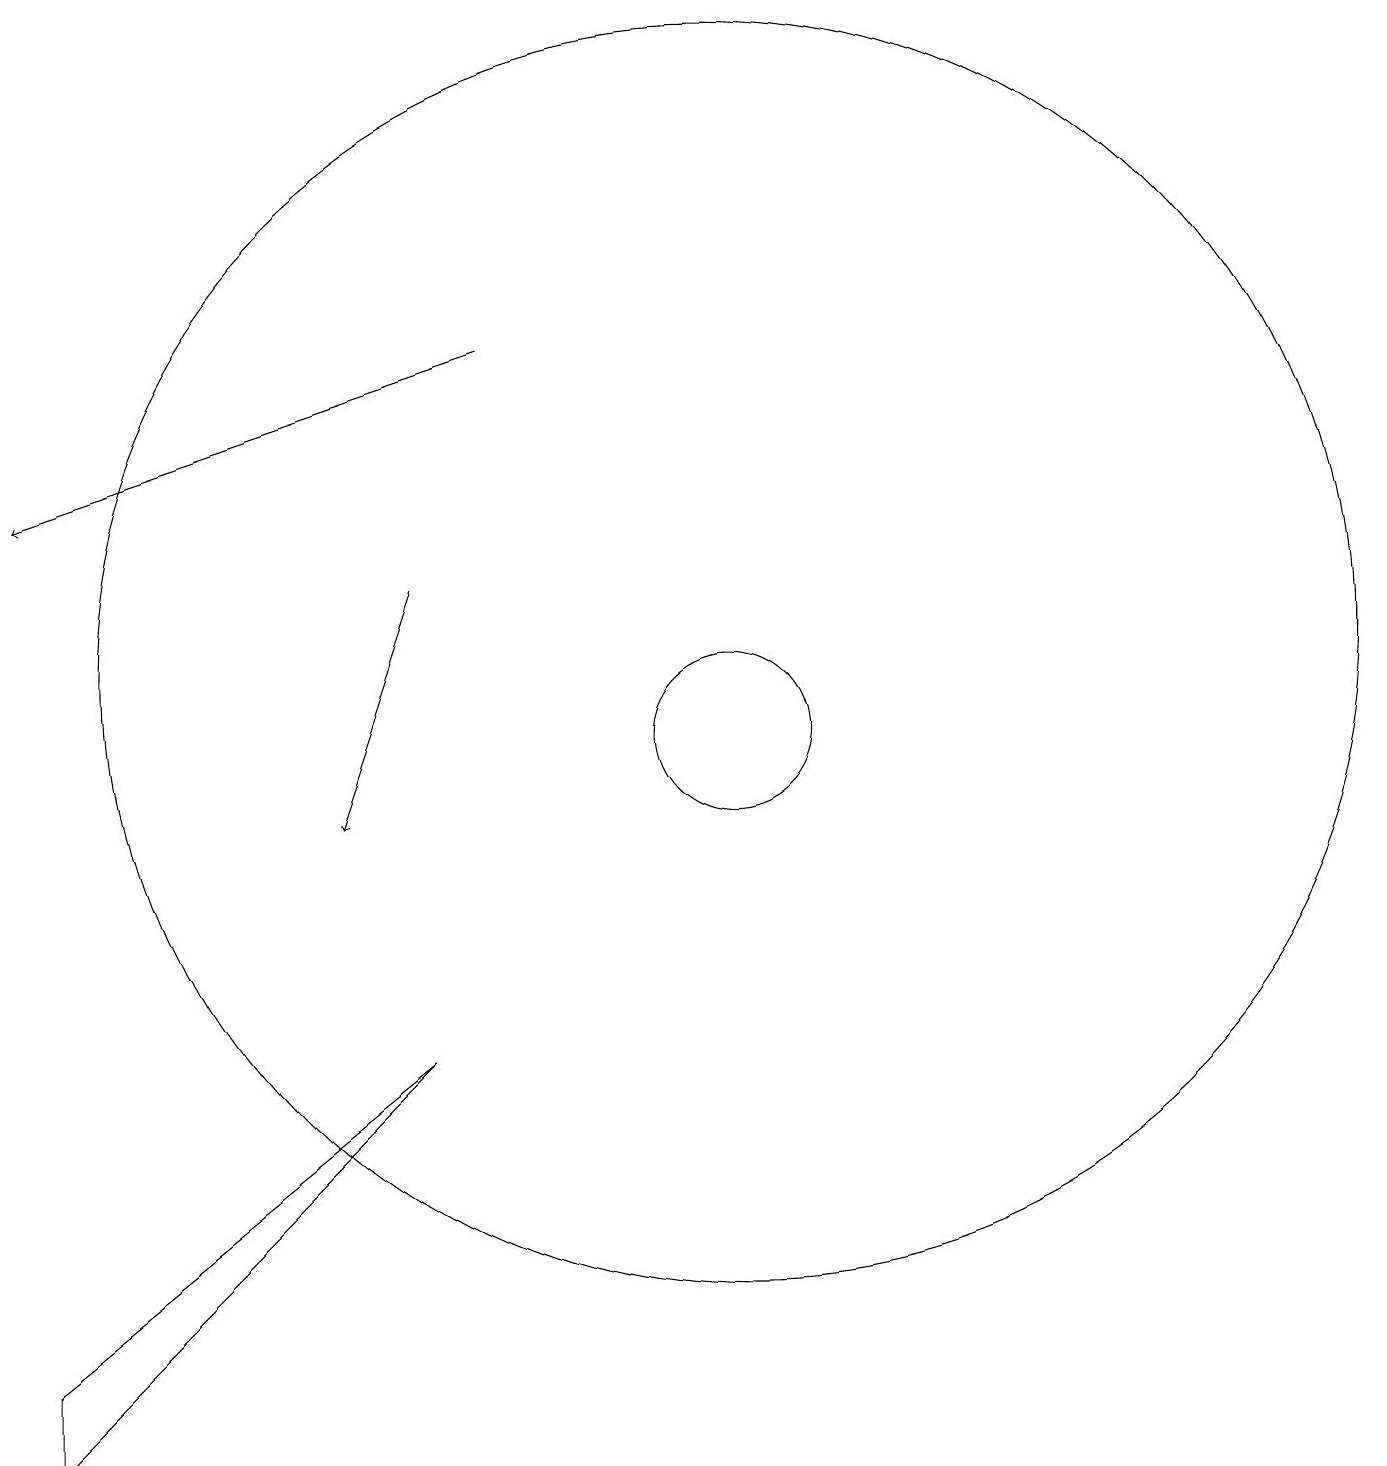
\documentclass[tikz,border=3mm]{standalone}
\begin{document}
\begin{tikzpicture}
\draw (10,12) circle (8);
\draw (10,11) circle (1);
\draw (1,3) -- (1,2) -- (6,7) -- cycle;
\draw[->] (7,16) -- (1,14);
\draw[->] (6,13) -- (5,10);
\draw (12,10) circle (0);
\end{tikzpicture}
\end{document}